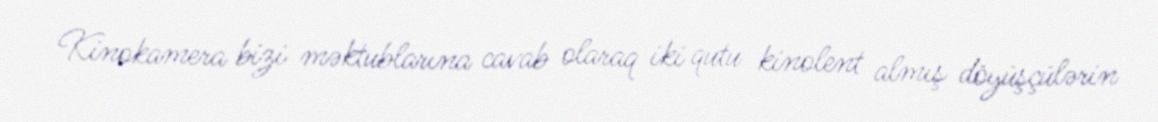
Kinokamera bizi məktublarına cavab olaraq iki qutu kinolent almış döyüşçülərin